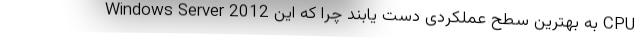
Windows Server 2012 به بهترین سطح عملکردی دست یابند چرا که این CPU